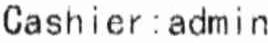
CASHIER : ADMIN